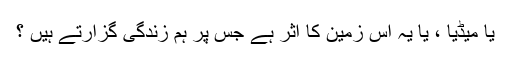
یا میڈیا ، یا یہ اس زمین کا اثر ہے جس پر ہم زندگی گزارتے ہیں ؟